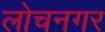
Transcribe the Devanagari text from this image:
लोचनगर